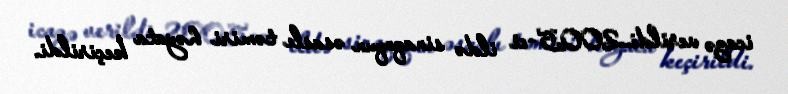
icazə verildi.2005-ci ildə sinaqoqun əsaslı təmiri həyata keçirildi.